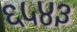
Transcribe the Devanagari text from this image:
६५४३